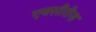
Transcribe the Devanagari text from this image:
एनसीरीज़